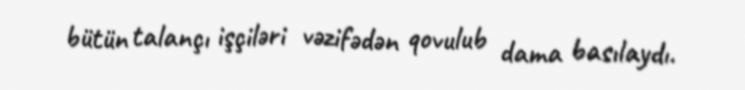
bütün talançı işçiləri vəzifədən qovulub dama basılaydı.